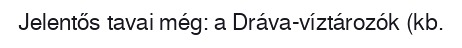
Jelentős tavai még: a Dráva-víztározók (kb.